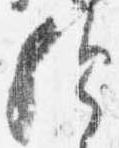
歟